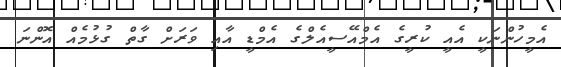
އެމީހުންނަކީ އެއީ ކުރީގެ އެމްއޭސީއެލްގެ އެމްޑީ އާއި ވަރަށް ގާތް ގުޅުމެއް އޮންނަ